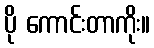
ပို ကောင်းတာကိုး။